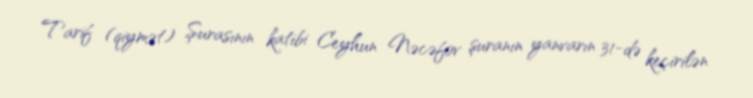
Tarif (qiymət) Şurasının katibi Ceyhun Nəcəfov şuranın yanvarın 31-də keçirilən